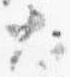
大